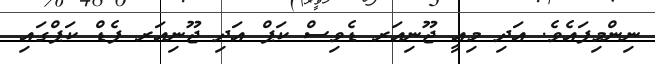
ނިންމިފައެވެ. އަދި މިއީ ޖޫނިއަރ ޑެވިސް ކަޕް އަދި ޖޫނިއަރ ފެޑް ކަޕްގައި